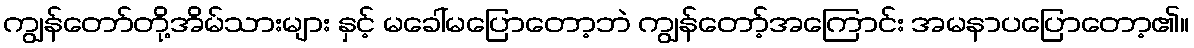
ကျွန်တော်တို့အိမ်သားများ နှင့် မခေါ်မပြောတော့ဘဲ ကျွန်တော့်အကြောင်း အမနာပပြောတော့၏။